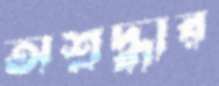
অশ্রদ্ধার